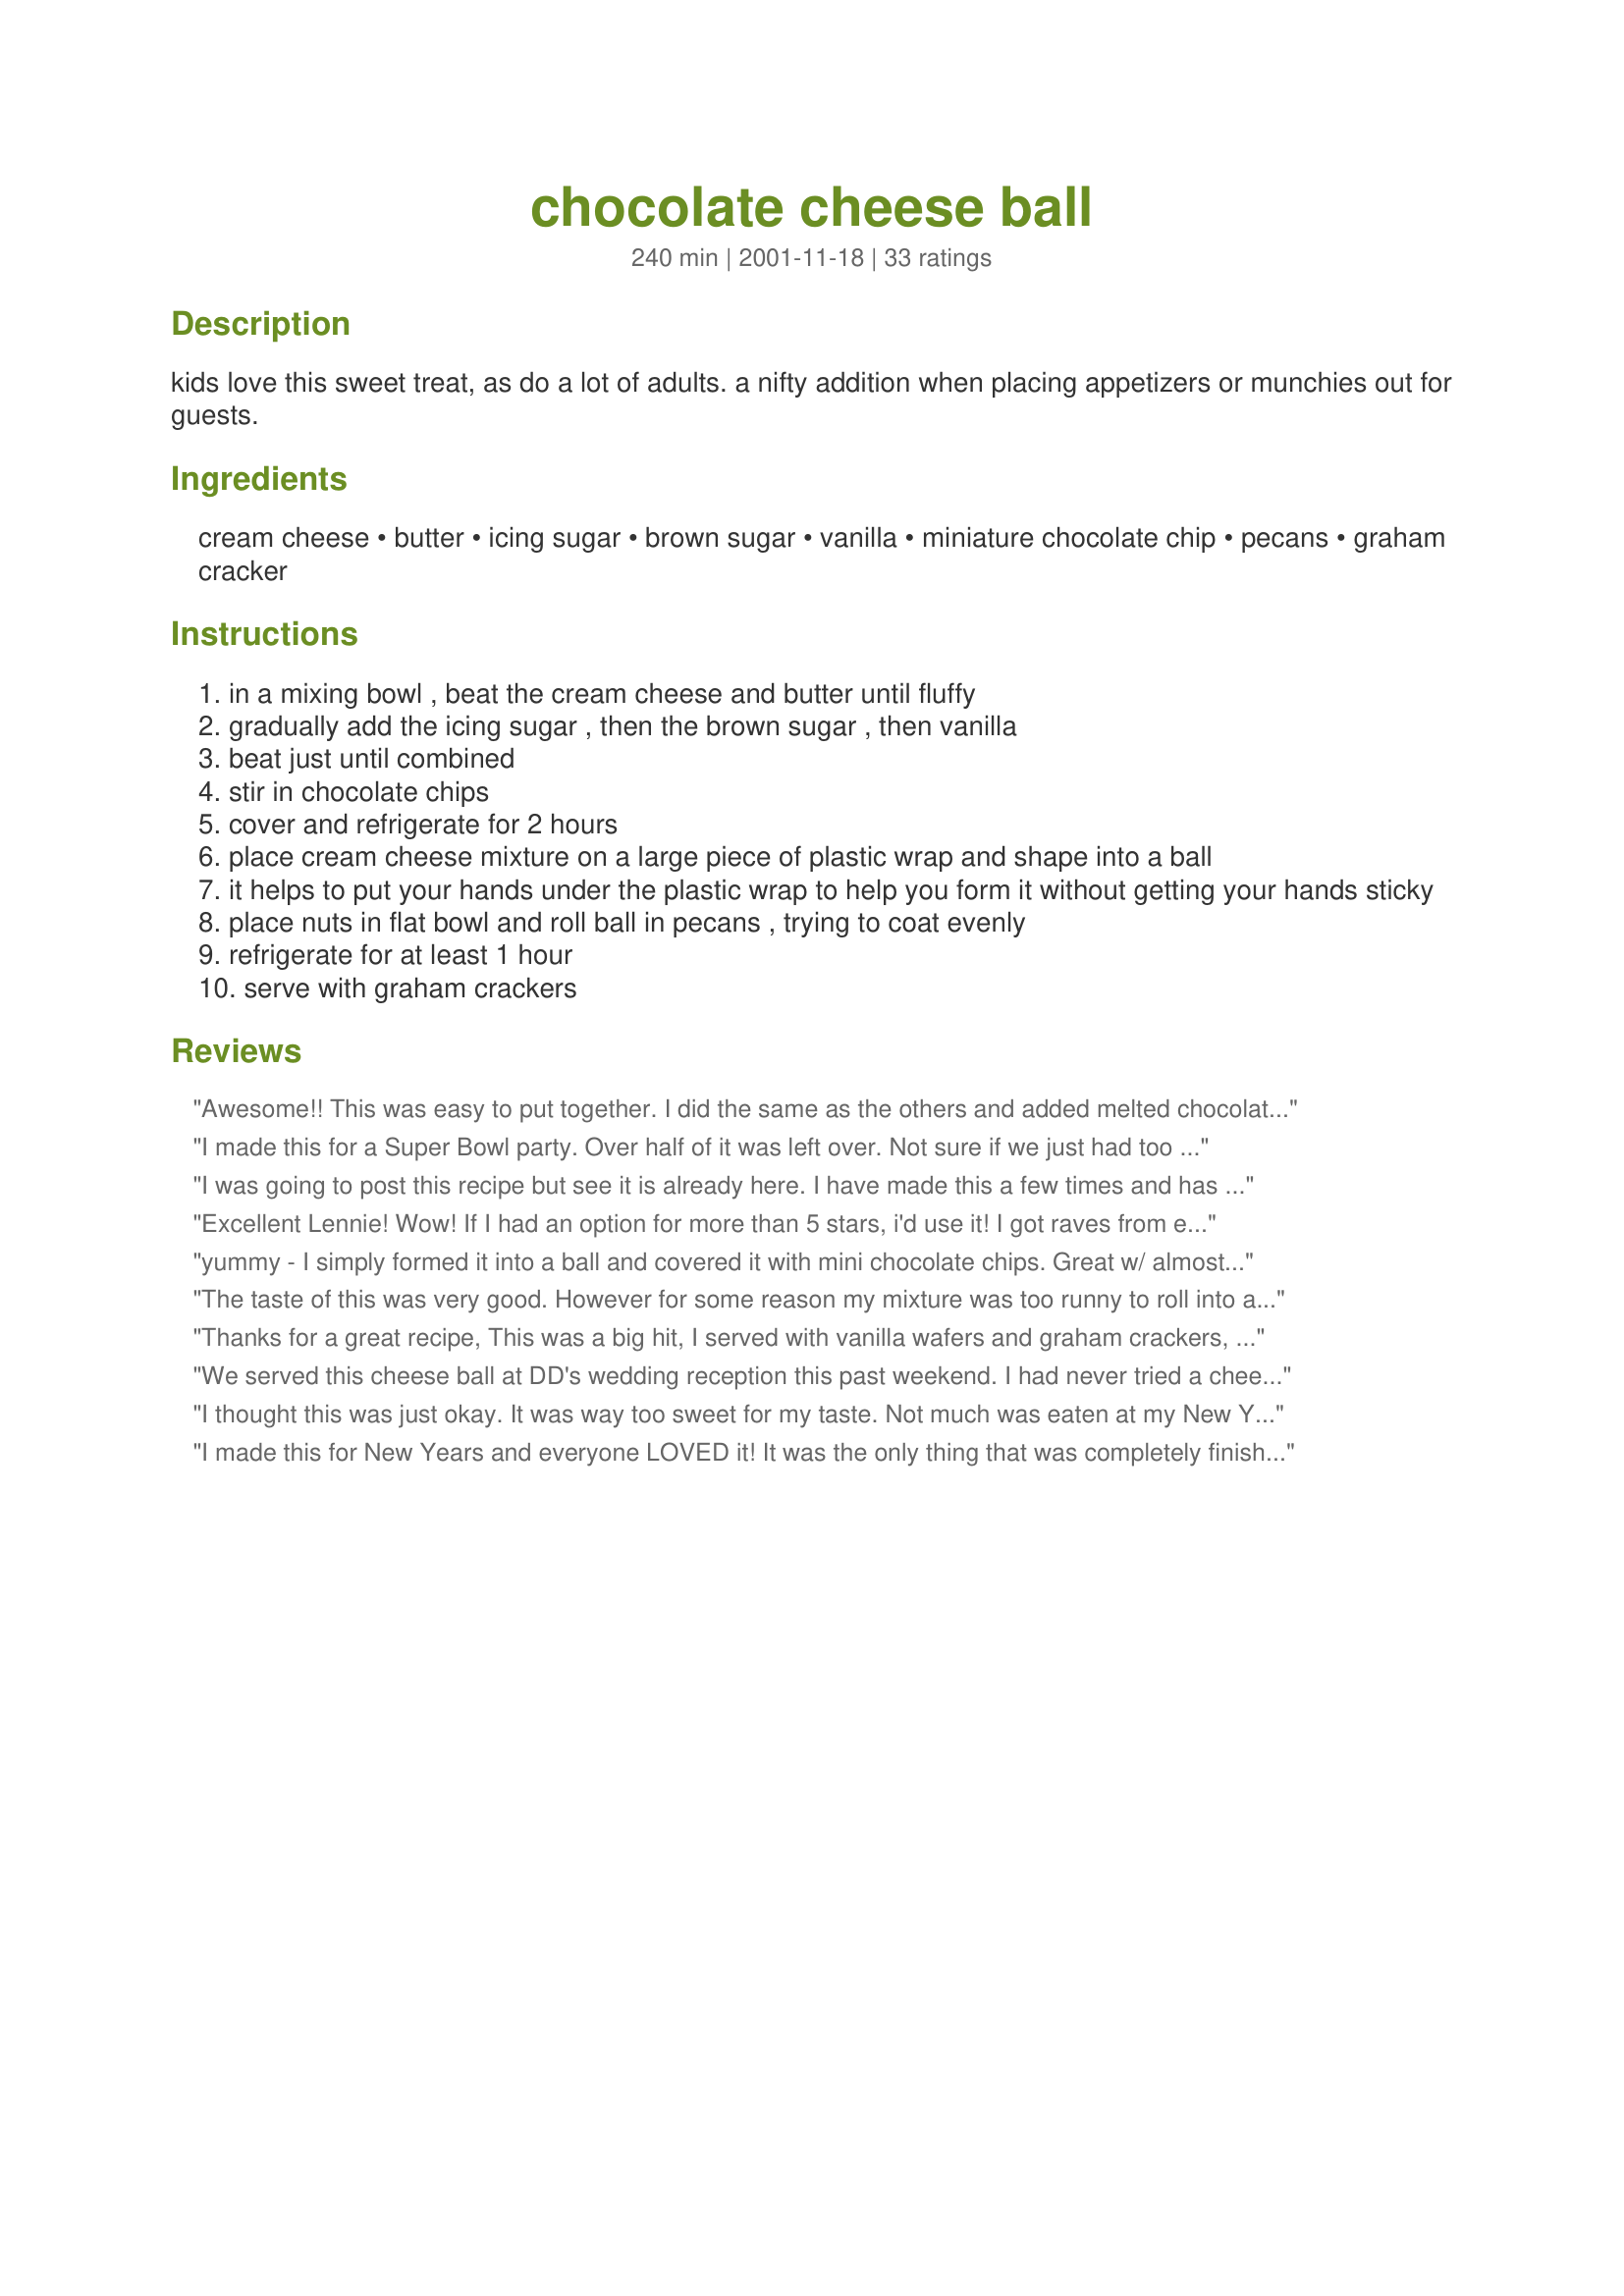
chocolate cheese ball
Preparation time: 240 minutes

kids love this sweet treat, as do a lot of adults. a nifty addition when placing appetizers or munchies out for guests.

Ingredients:
cream cheese, butter, icing sugar, brown sugar, vanilla, miniature chocolate chip, pecans, graham cracker

Steps:
in a mixing bowl , beat the cream cheese and butter until fluffy
gradually add the icing sugar , then the brown sugar , then vanilla
beat just until combined
stir in chocolate chips
cover and refrigerate for 2 hours
place cream cheese mixture on a large piece of plastic wrap and shape into a ball
it helps to put your hands under the plastic wrap to help you form it without getting your hands sticky
place nuts in flat bowl and roll ball in pecans , trying to coat evenly
refrigerate for at least 1 hour
serve with graham crackers

Reviews:
Awesome!! This was easy to put together. I did the same as the others and added melted chocolate chips to the cream cheese mixture (just nuke the chips one minute on high, stir, nuke an additional 30 seconds and stir...perfectly melted chocolate). I also added 1/2 cup of mini chips to the mix as suggested. I put my plastic wrap into a small mixing bowl, spritzed it with cooking spray and squished the mixture in... so no real shaping was required and once chilled I just rolled my nicely shaped cheeseball on my layer of chopped nuts to coat i. This is the easiest thing I have ever done to be a hero at the office! They loved it! The previous reviewers had great ideas and I just followed their lead. It does make quite a large cheeseball so I think smaller ones could be made to give away as well received gifts.
I made this for a Super Bowl party. Over half of it was left over. Not sure if we just had too much food overall and that is the reason, or is people just didn't really like it. My expectations were just higher than the recipe turned out to be. Still pretty tasty though.
I was going to post this recipe but see it is already here. I have made this a few times and has been a winner every time. Highly recommend.
Excellent Lennie!
Wow! If I had an option for more than 5 stars, i'd use it! I got raves from everyone at the party. I have never made a "cheeseball" before, because my husband doesn't like cheese, so i always have to disguise it in recipes and the word "cheeseball" does not lend itself to disguise very easily! LOL
He does, however, like cream cheese. So when i found this recipe, i knew it would be a hit! I have to tell everyone tho, that while shopping for the ingredients, specifically the graham crackers, i found a new kind of graham to use. I originally knew that i would be using chocolate flavored grahams, but i also spotted the new "Honey Maid Honey Stix". They are PERFECT for the cheeseball! The stix are the size and shape of small baby teething biscuits, are honey flavored with a little sugar sprinkled on top and are strong enough to scoop the cheeseball without breaking. You can also purchase them in cinnamon flavor, which i will try next time (using both of the stix flavors and omitting the regular grahams altogether). I loved this recipe so much that i am making it again for camping this weekend! 
I could just go on and on raving about this recipe, but i won't. I'll just say to everyone, If you like cream cheese, TRY THIS!!! You will not be sorry!
yummy - I simply formed it into a ball and covered it with mini chocolate chips. Great w/ almost anything, from pretzels and crackers, to cake slices and apples!
The taste of this was very good. However for some reason my mixture was too runny to roll into a ball....not sure why so I served it in a pretty glass bowl and my guests spread it on there graham crackers and butter cookies....huge hit as it was. Thank you for this yummy and fun dessert.....Stephanie
Thanks for a great recipe, This was a big hit, I served with vanilla wafers and graham crackers, I am going to make this again this week, thanks for a keeper.
Melody
We served this cheese ball at DD's wedding reception this past weekend. I had never tried a cheese ball with chocolate before and really wasn't sure how it would taste. Since DD is a chocolate nut, I decided to give it a try. It was a huge success with everyone! The cheese ball is so delicious with the graham crackers....I could have eaten the whole thing by myself. I can't wait to have another occasion to make this. Heck, I might not even wait for a special occasion! Thanks for a wonderful recipe!
I thought this was just okay. It was way too sweet for my taste. Not much was eaten at my New Years Eve party last night, and I brought most of it back home. I served it with Teddy Grahams, and Chocolate Graham Crackers. I'm sorry, but it just wasn't for me.
I made this for New Years and everyone LOVED it! It was the only thing that was completely finished off! We decided not to roll it because we ran out of time, so we served it in a bowl and it turned out great! We also opted to not use the nuts!
I made this yesterday to go along with my baking for a candle party I was hosting. at first my guests were a little hesitant about trying it, but one they started they all kept sneaking back in to the kitchen to sneak some onto a racker. I will be adding this to our menu for my annual Christmas party, thanks for sharing.
Creamy, chocolatey, delicious!! And easy to do - a great make-ahead appetizer. I added the melted chips (as in Leeann's review) and it was a great hit at a birthday party. Already gave the recipe out three times!! Will definitely make again for my chocoholic friends! Thanks!!
This is very, very rich. The flavor is similiar to cheesecake. I prepared this with an assortment of other snacks for my god-daughter's sleep over. The girls spread this on regular and chocolate teddy grahams. They loved it. Do to the rich flavor, a little does go a long way though.
I made this recipe following Leanne's idea of adding melted chocolate. This made the cheeseball!! Even though I used mini chocolate chips I found they got in the way of spreading and would maybe just leave them out next time and just add the melted chocolate. I used sugar cookies and it was delicious! Way to go Lennie!
This is great to bring to a home tupperware or candle party. I brought it to a few parties and have always been asked for the recipe.
All the little people at Thanksgiving dinner loved to munch on this. It was a great treat for us adults as well. Thanks for sharing!
This is heavenly! I skipped rolling it in nuts and opted instead to mound it in a pretty dish. I used regular and chocolate graham cracker sticks and thought it was fabulous, as did our guests. Just as an experiement I also tried it out with Tofutti Better Than Cream Cheese and margarine, hoping for a good dairy free alternative. It turned out a bit softer and required a little more sugar and vanilla, but it was good too, especially after it rested overnight. I'd give the non-dairy version 4 stars.
This is a favorite recipe to bring to work - it is always a hit, and couldn't be easier to make. It is also good with 1/2 cup or so of toffee bits mixed in - it gives it a nice, carmelly color. I like it with regular graham crax, but some of my friends prefer chocolate - great either way!
Now THAT'S a cheese ball. Wow, is this ever good. Who needs the graham crackers? This is a great make ahead appetizer that is easy to make and one that everyone will loved. Thanks for sharing Suzanne Stewart.
This is pretty good, just not what I expected. It is more like a really good frosting.
This was fabulous! I melted the chocolate chips first as well, and it was smooth, rich and delicious. I brought it to a girls night and it disappeared very fast!
Thanks for sharing!
I made this for a small group Christmas party, and received rave reviews ... or at least so I hear. I wasn't able to go because I came down with the tummy flu, but my husband went in my place, and he said everyone loved this! It was really very simple to make, not too expensive, and quite impressive looking. I served it with graham cracker sticks, as several reviewers have suggested.
I served this at a baby shower, last nite. WHAT A HIT. So tasty and so so easy. Thanks for posting.
This was great - the kids loved it as well as the adults. I melted 3/4 cup chocolate chips and added that to the cream cheese mixture then added another 3/4 cup of chocolate chips too. It was very good - even gave out the recipe to a guest at the party. Thanks Lennie!!
I absolutely love this!! I don't roll it in nuts though. Instead, I roll it in more mini-choc chips. I serve it with the chocolate Graham Cracker Stix the sell in the grocery store. I make this at least once a month and I eat most of it myself. After all, cream cheese is good for you. :)
I brought this to a work pot luck. Many people said they liked it. Even after chilling, the cheese was too soft for me to form into a ball so mine turned out to be a chocolate cheese spread, rather than ball. If you like chocolate chip cheesecake, you'll like this fast and easy version of it.
has become an old favorite of mine!
So rich and so good. I served this with vanilla wafer cookies and graham crackers. This could be an appetizer or a dessert. Thanks!
OH MY GOODNESS! Lennie you have out done yourself with this recipe. It was out of this world delicious! It was simple to make. I went with LeeAnn's suggestion of adding the melted chocolate and then I also added about 1/2 cup of mini chips to the cream cheese mixture. I used the cinnamon graham cracker stix. Although my daughter thought that process was too slow and just got herself a spoon and dug in. Thank you for sharing this great recipe.
We enjoyed this, but found it a bit too rich tasting. I may try it again and omit the butter, just to see if that helps. Thanks for posting!
This was the hit of my New Year's Eve party. But I did have some trouble making it into a ball. It wouldn't hold it's shape so it became a dip served out of a bowl. I actually found this recipe in a cookbook and it called for the same measurements so it might have been my mistake. (I was in a hurry fixing a bunch of food.) I served it with cinnamon graham crackers and plain. Seemed like more of the plain crackers were gone at the end of the night. The cheeseball sure was.
I have never made a cheese ball before. I served this at a 25th wedding anniversary, people either loved it or hated it, (we think it is just like a cheesecake, so be began asking those who hated it if they like cheesecake.....they also did not like cheesecake)
Those of us who love cheesecake LOVED IT! Thanks, I will be making this again!
This is just great! I served mine with ginger snaps and fresh fruit. Delicious! Thanks.
